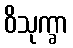
ဝိသုက္ခာ